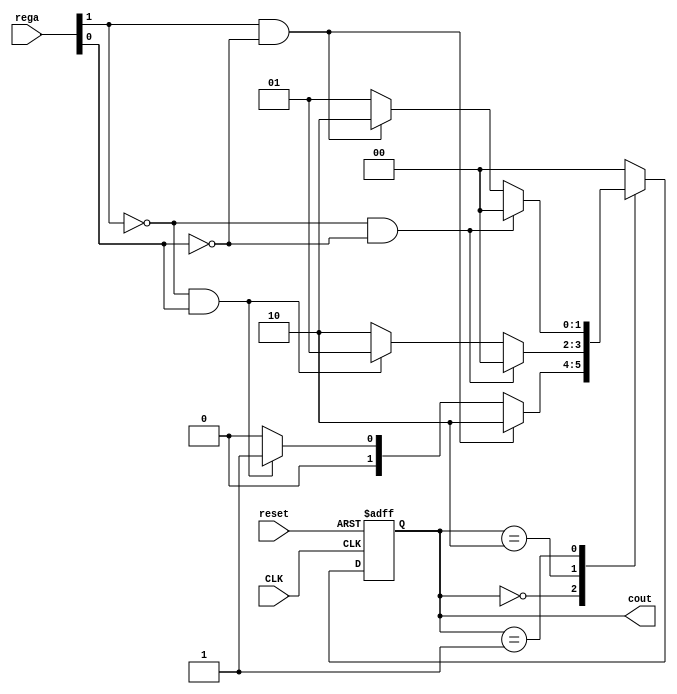
module MEF2 (
    output [1:0] cout,
    input CLK,
    input reset,
    input [1:0] rega
);

    parameter NADA = 2'b00;
    parameter ASP = 2'b10;
    parameter GOT = 2'b01;

    wire asp, got;
    wire resetN;

    assign asp = rega[1];
    assign got = rega[0];
    assign resetN = !reset;

    reg [1:0] state, nextstate;

    // Lgica de Estado
    always @(posedge CLK or posedge resetN) begin
        if (resetN)
            state <= NADA;
        else
            state <= nextstate;
    end

    // Lgica Combinacional
    always @(*) begin
        case (state)
            NADA: 
                if (asp & ~got)
                    nextstate <= ASP;
                else if (~asp & got)
                    nextstate <= GOT;
                else
                    nextstate <= NADA;
            
            ASP: 
                if (~asp & ~got)
                    nextstate <= NADA;
                else if (~asp & got)
                    nextstate <= GOT;
                else
                    nextstate <= ASP;

            GOT: 
                if (~asp & ~got)
                    nextstate <= NADA;
                else if (asp & ~got)
                    nextstate <= ASP;
                else
                    nextstate <= GOT;

            default: 
                nextstate <= NADA;
        endcase
    end

    // Sada
    assign cout = state;

endmodule